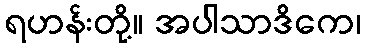
ရဟန်းတို့။ အပါသာဒိကေ၊